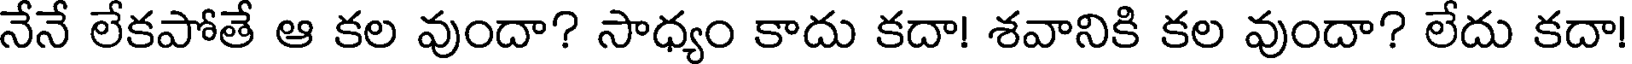
నేనే లేకపోతే ఆ కల వుందా? సాధ్యం కాదు కదా! శవానికి కల వుందా? లేదు కదా